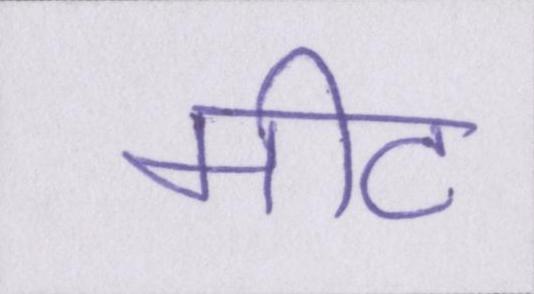
मीट